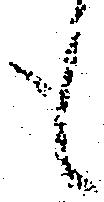
も